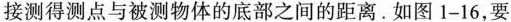
接测得测点与被测物体的底部之间的距离.如图1-16，要